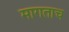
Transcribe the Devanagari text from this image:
मागताच